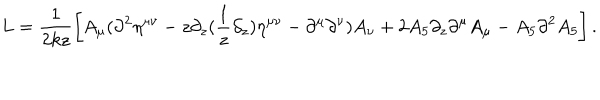
L = \frac { 1 } { 2 k z } \left[ A _ { \mu } ( \partial ^ { 2 } \eta ^ { \mu \nu } - z \partial _ { z } ( \frac { 1 } { z } \partial _ { z } ) \eta ^ { \mu \nu } - \partial ^ { \mu } \partial ^ { \nu } ) A _ { \nu } + 2 A _ { 5 } \partial _ { z } \partial ^ { \mu } A _ { \mu } - A _ { 5 } \partial ^ { 2 } A _ { 5 } \right] .